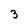
Character: 3